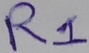
Text: R1